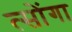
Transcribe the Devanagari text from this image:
त्सोंगा